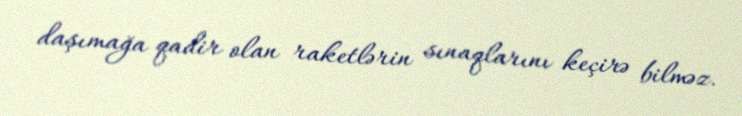
daşımağa qadir olan raketlərin sınaqlarını keçirə bilməz.